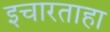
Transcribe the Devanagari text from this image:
इचारताहा